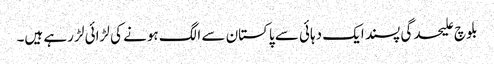
بلوچ علیحدگی پسند ایک دہائی سے پاکستان سے الگ ہونے کی لڑائی لڑ رہے ہیں۔